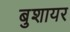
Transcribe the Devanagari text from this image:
बुशायर